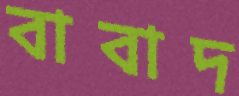
বাবাদ